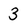
Character: 3